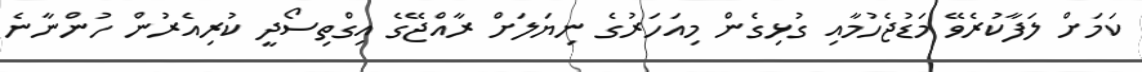
ކަމަށް ލަފާކުރެވޭ މަޑުޖެހުމާއި ގުޅިގެން މިއަހަރުގެ ނިޔަލަށް ރާއްޖޭގެ އިގްތިސޯދީ ކުރިއެރުން ހުންނާނެ